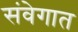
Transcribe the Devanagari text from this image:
संवेगात